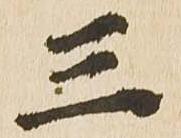
三